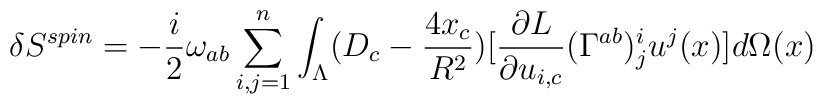
\delta S^{spin}=-\frac{i}{2}\omega_{ab}\sum_{i,j=1}^n\int_{\Lambda} (D_c-\frac{4x_c}{R^2})[\frac{\partial L}{\partial u_{i,c}}(\Gamma^{ab})_j^iu^j(x)]d\Omega(x)